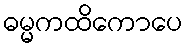
ဓမ္မကထိကောပေ